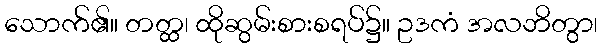
သောက်၏။ တတ္ထ၊ ထိုဆွမ်းစားစရပ်၌။ ဥဒကံ အလဘိတွာ၊